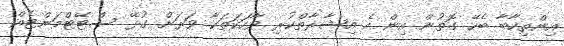
އިންތިހާބާ ބެހޭ ގޮތުން އިން އެ އިޝާރާތްކުރި ވާހަކަތަކާ ވަރަށް ގުޅޭ ސްޓޭޓްމަންޓެއް